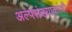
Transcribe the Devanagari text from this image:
अल्पसंख्याकांची